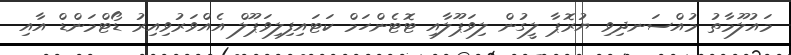
މައުލޫމާތު މުއްސަނދިވި ޔުރޮޕާ ލީގުން ލިވަޕޫލާއި ޓޮޓެންހަމްް ކަޓައިިފިލިވަޕޫލް އެއްވަރުވިއިރު ޑޯޓްމަންޑް އާއި